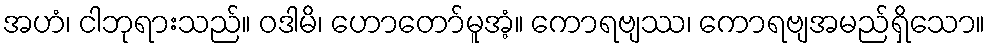
အဟံ၊ ငါဘုရားသည်။ ဝဒါမိ၊ ဟောတော်မူအံ့။ ကောရဗျဿ၊ ကောရဗျအမည်ရှိသော။